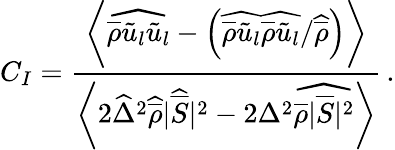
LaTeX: C_{I}=\frac{\biggl\langle\widehat{\overline{{\rho}}\tilde{u}_{l}\tilde{u}_{l}}-\left(\widehat{\overline{{\rho}}\tilde{u}_{l}}\widehat{\overline{{\rho}}\tilde{u}_{l}}/\widehat{\overline{{\rho}}}\right)\biggr\rangle}{\biggl\langle 2\widehat{\Delta}^{2}\widehat{\overline{{\rho}}}|\widehat{\overline{{S}}}|^{2}-2{\Delta}^{2}\widehat{\overline{{\rho}}|\overline{{S}}|^{2}}\biggr\rangle}\, \mathrm{.}